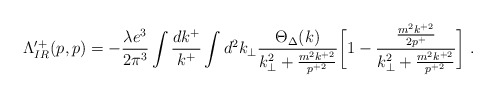
\begin{align*}\Lambda^{\prime +}_{IR}(p,p)=-{{\lambda e^3} \over {2\pi^3}} \int {dk^+\over k^{+}}\int d^2k_\perp{\Theta_\Delta(k) \over {k_\perp^2 +{m^2k^{+2} \over p^{+2}}}}\biggl[ 1 - {{m^2k^{+2} \over 2p^+} \over{k_\perp^2 +{m^2k^{+2} \over p^{+2}}}} \biggr] \;.\end{align*}